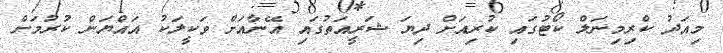
މިއަދު ކްރިމިނަލް ކޯޓުގައި ކުރިއަށް ދިޔަ ޝަރީއަތުގައި އޭނާއަށް ވަކީލަކު އައްޔަން ކުރުމަށް